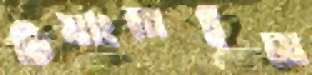
চিয়াংমাইয়ে